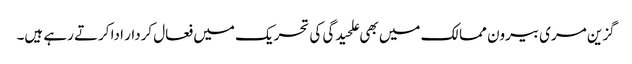
گزین مری بیرون ممالک میں بھی علحیدگی کی تحریک میں فعال کردار ادا کرتے رہے ہیں۔